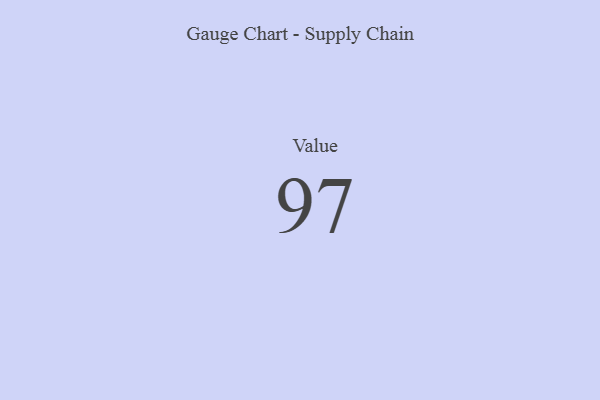
{"axis": {"x": "Metric", "y": "Value"}, "legend": [""], "data": [{"x": "Value", "y": 97, "type": ""}]}